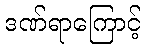
ဒဏ်ရာကြောင့်